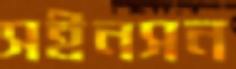
সইনসন